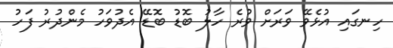
ހިނގައި އުޅެވޭ ވަރަށް ވުރެ ހާލު ބޮޑު ބޮޑޭ އެދުވަހު މެންދުރު ފަހު